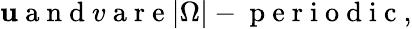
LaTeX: \mathbf{u}\mathrm{{~a~n~d~}}v\mathrm{{~a~r~e~}}|\Omega|-\mathrm{{~p~e~r~i~o~d~i~c~}},